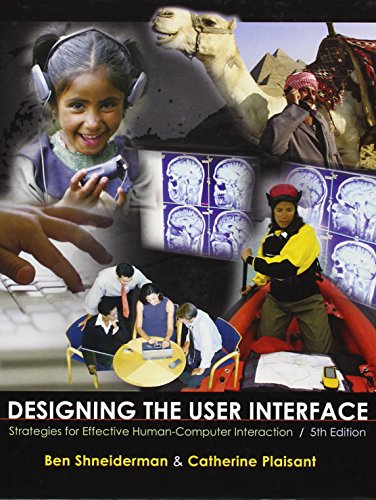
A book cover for Designing the User Interface: Strategies for Effective Human-Computer Interaction (5th Edition); Ben Shneiderman; Computers & Technology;